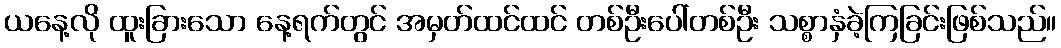
ယနေ့လို ထူးခြားသော နေ့ရက်တွင် အမှတ်ထင်ထင် တစ်ဦးပေါ်တစ်ဦး သစ္စာနှံခဲ့ကြခြင်းဖြစ်သည်။